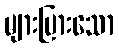
များပြားသော